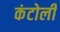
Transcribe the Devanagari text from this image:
कंटोली